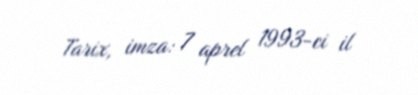
Tarix, imza: 7 aprel 1993-ci il